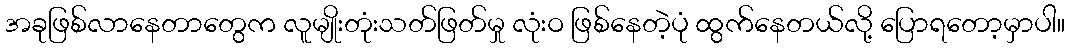
အခုဖြစ်လာနေတာတွေက လူမျိုးတုံးသတ်ဖြတ်မှု လုံးဝ ဖြစ်နေတဲ့ပုံ ထွက်နေတယ်လို့ ပြောရတော့မှာပါ။